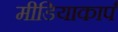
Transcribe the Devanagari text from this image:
मीडियाकार्प